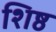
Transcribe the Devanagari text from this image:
शिष्ठ